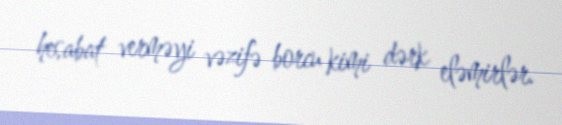
hesabat verməyi vəzifə borcu kimi dərk eləmirlər.